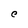
Character: C